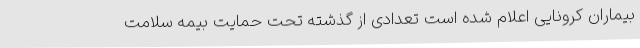
بیماران کرونایی اعلام شده است تعدادی از گذشته تحت حمایت بیمه سلامت